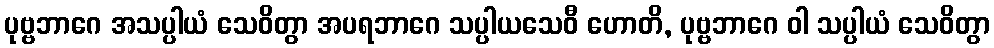
ပုဗ္ဗဘာဂေ အသပ္ပါယံ သေဝိတွာ အပရဘာဂေ သပ္ပါယသေဝီ ဟောတိ, ပုဗ္ဗဘာဂေ ဝါ သပ္ပါယံ သေဝိတွာ